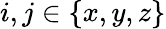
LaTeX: i,j\in\{ x,y,z\}